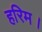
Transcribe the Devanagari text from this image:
हरिम।